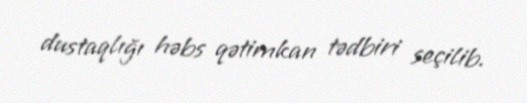
dustaqlığı həbs qətimkan tədbiri seçilib.